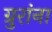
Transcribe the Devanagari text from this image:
ग्रुरांना